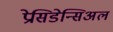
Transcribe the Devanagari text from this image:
प्रेसिडेन्सिअल